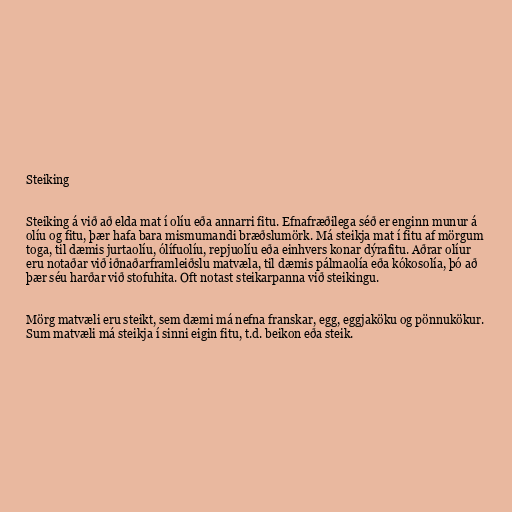
Steiking

Steiking á við að elda mat í olíu eða annarri fitu. Efnafræðilega séð er enginn munur á
olíu og fitu, þær hafa bara mismumandi bræðslumörk. Má steikja mat í fitu af mörgum
toga, til dæmis jurtaolíu, ólífuolíu, repjuolíu eða einhvers konar dýrafitu. Aðrar olíur
eru notaðar við iðnaðarframleiðslu matvæla, til dæmis pálmaolía eða kókosolía, þó að
þær séu harðar við stofuhita. Oft notast steikarpanna við steikingu.

Mörg matvæli eru steikt, sem dæmi má nefna franskar, egg, eggjaköku og pönnukökur.
Sum matvæli má steikja í sinni eigin fitu, t.d. beikon eða steik.